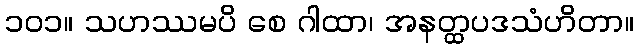
၁၀၁။ သဟဿမပိ စေ ဂါထာ၊ အနတ္ထပဒသံဟိတာ။